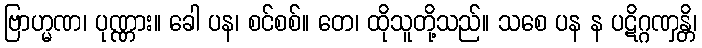
ဗြာဟ္မဏ၊ ပုဏ္ဏား။ ခေါ ပန၊ စင်စစ်။ တေ၊ ထိုသူတို့သည်။ သစေ ပန န ပဋိဂ္ဂဏှန္တိ၊